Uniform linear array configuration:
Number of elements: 4
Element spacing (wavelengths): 0.25
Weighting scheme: kaiser
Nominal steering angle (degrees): -45
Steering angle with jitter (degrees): -45.603
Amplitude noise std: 0.05
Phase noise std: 0.05

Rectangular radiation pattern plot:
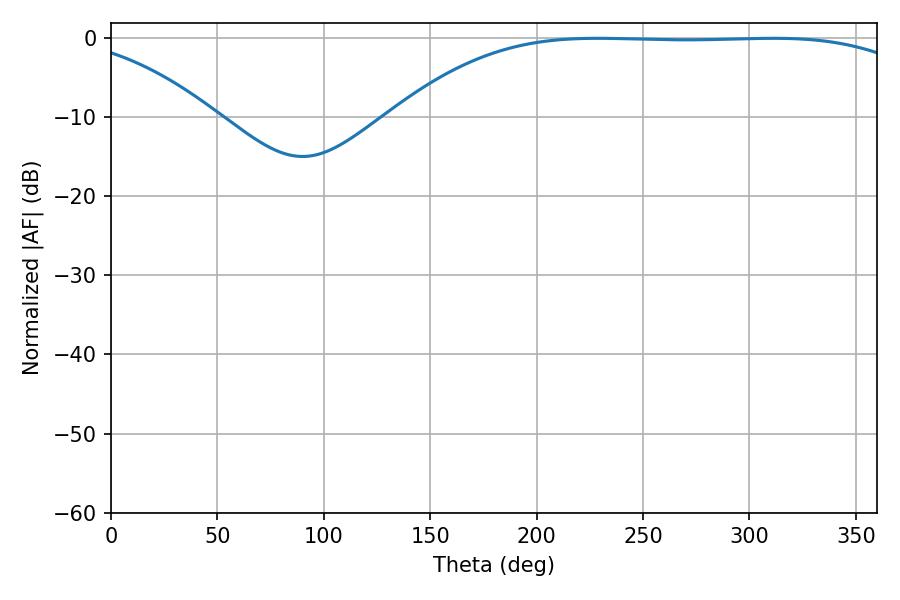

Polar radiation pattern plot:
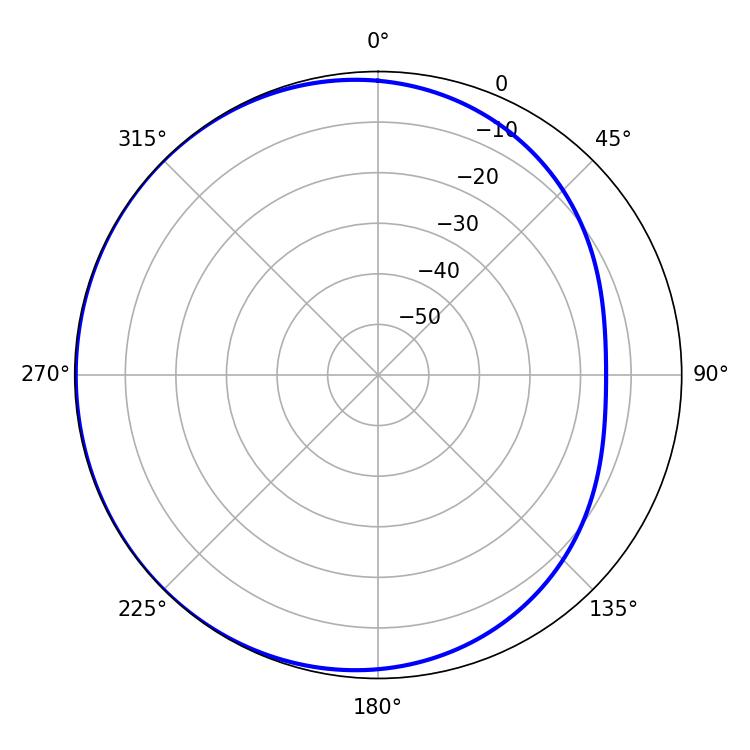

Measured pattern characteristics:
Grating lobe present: FALSE
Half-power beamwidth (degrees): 191.34
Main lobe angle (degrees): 228.6